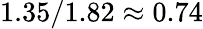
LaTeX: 1.35/1.82\approx 0.74